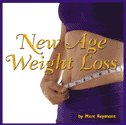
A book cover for New Age Weight Loss; Health & Wealth Inc.; Health, Fitness & Dieting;